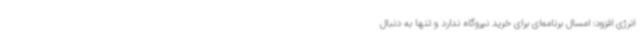
انرژی افزود: امسال برنامه‌ای برای خرید نیروگاه ندارد و تنها به دنبال